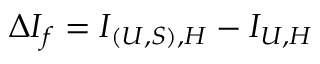
\Delta I _ { f } = I _ { ( U , S ) , H } - I _ { U , H }